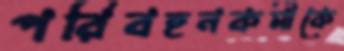
পরিবহনকর্মীকে